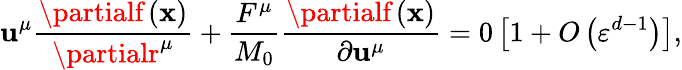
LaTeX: \mathbf{u}^{\mu}\frac{{\partialf\left(\mathbf{{x}}\right)}}{{\partialr^{\mu}}}+\frac{{F^{\mu}}}{{M_{0}}}\frac{{\partialf\left(\mathbf{{x}}\right)}}{{\partial\mathbf{u}^{\mu}}}=0\left[1+O\left(\varepsilon^{d-1}\right)\right],